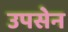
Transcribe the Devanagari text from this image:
उपसेन